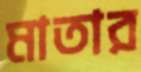
মাতার